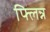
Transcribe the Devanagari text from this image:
फ्लिन्न